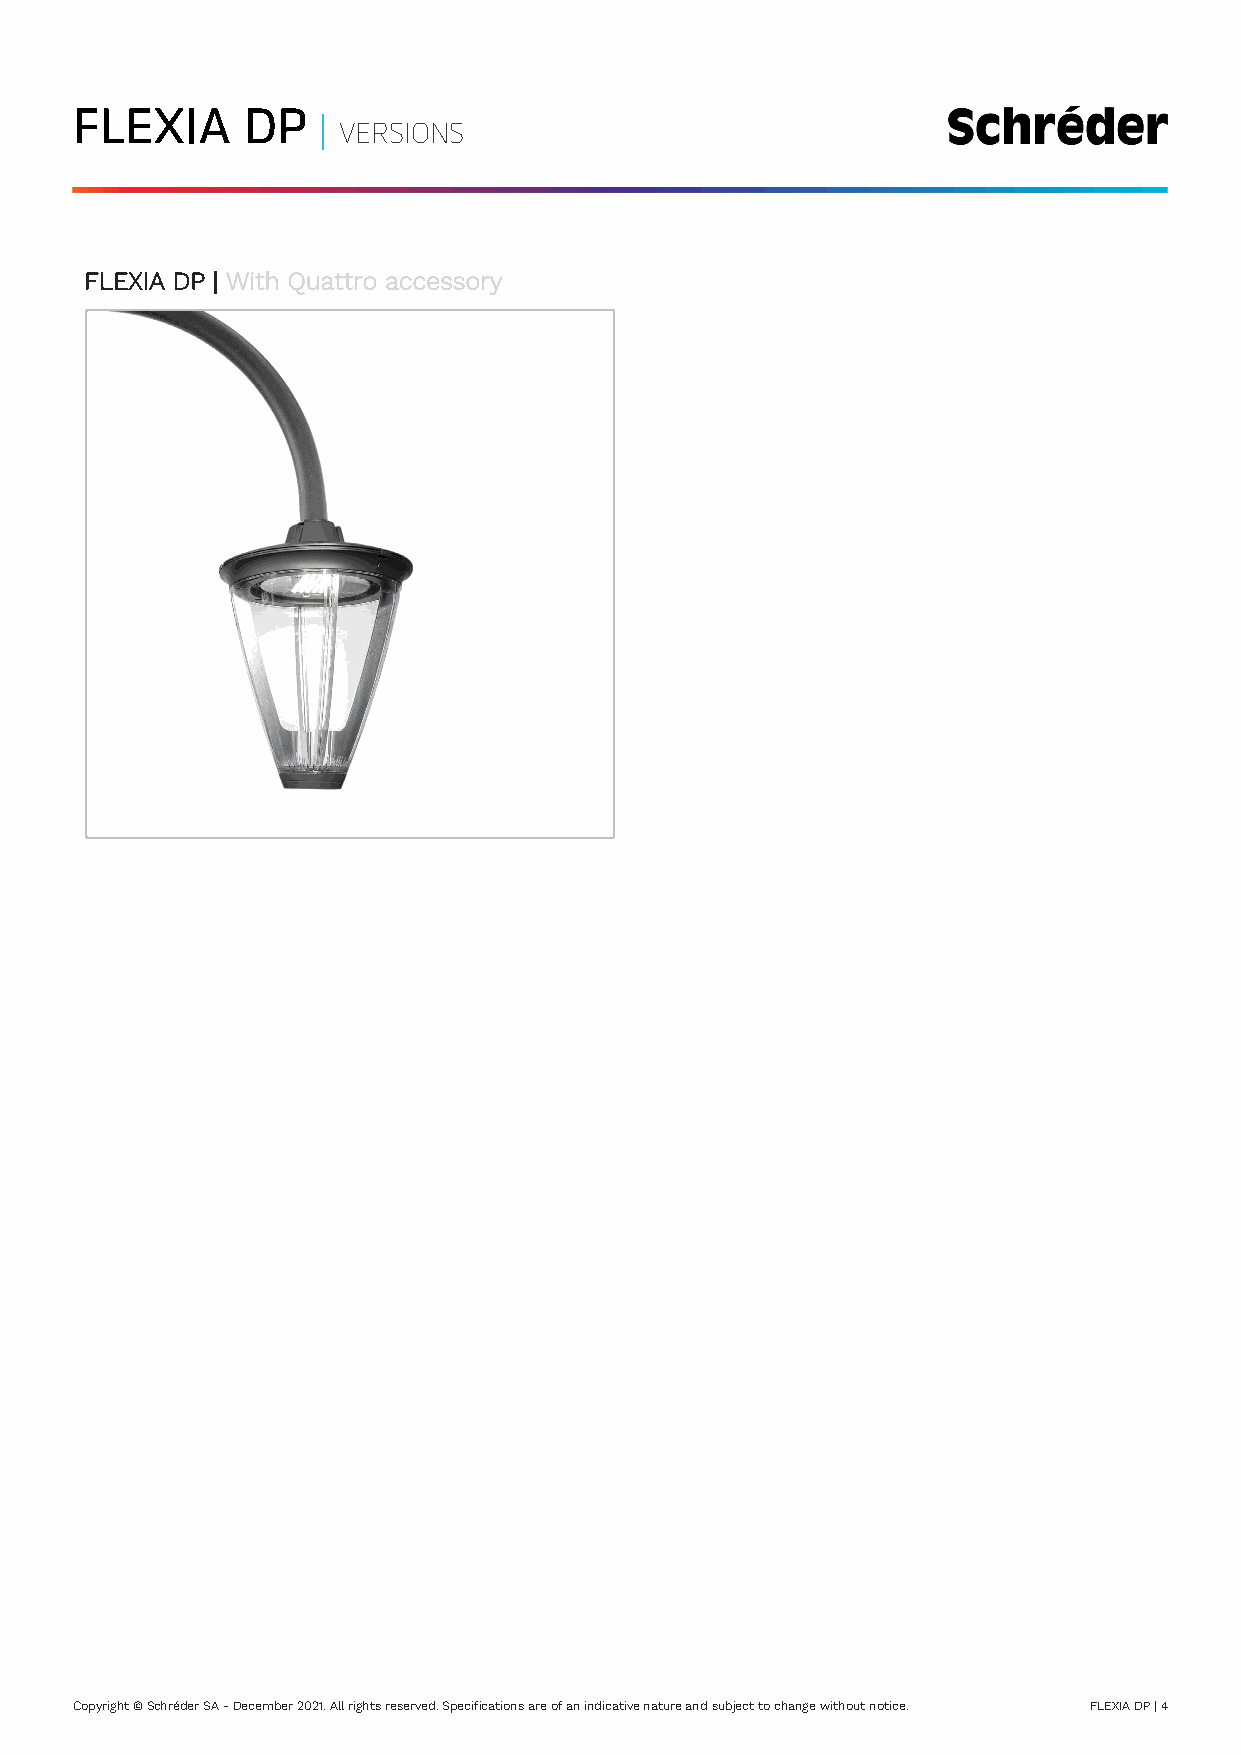
FLEXIA     DP   |
 VERSIONS
 FLEXIA DP | With Quattro accessory
 Copyright © Schréder SA - December 2021. All rights reserved. Specifications are of an indicative nature and subject to change without notice. FLEXIA DP | 4